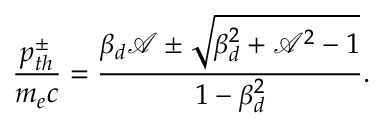
\frac { p _ { t h } ^ { \pm } } { m _ { e } c } = \frac { \beta _ { d } \mathcal { A } \pm \sqrt { \beta _ { d } ^ { 2 } + \mathcal { A } ^ { 2 } - 1 } } { 1 - \beta _ { d } ^ { 2 } } .